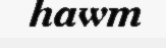
hawm